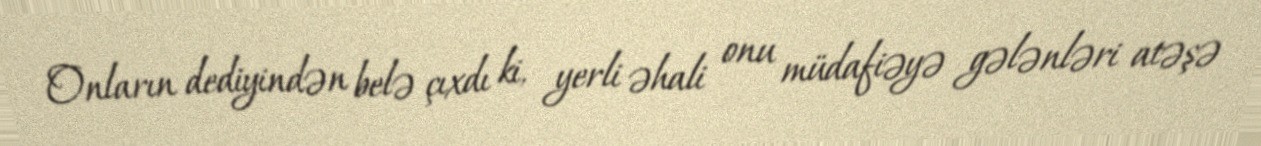
Onların dediyindən belə çıxdı ki, yerli əhali onu müdafiəyə gələnləri atəşə